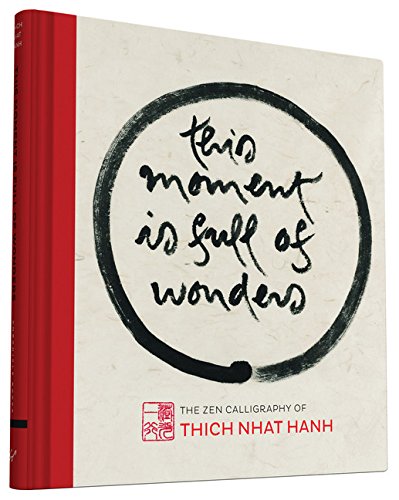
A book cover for This Moment Is Full of Wonders: The Zen Calligraphy of Thich Nhat Hanh; Thich Nhat Hanh; Health, Fitness & Dieting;